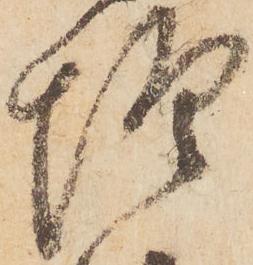
惶